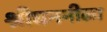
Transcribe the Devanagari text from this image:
श्रीघननीळा